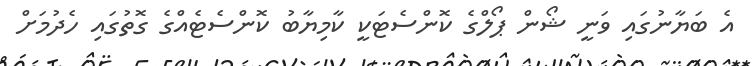
އެ ބަޔާނުގައި ވަނީ ޝޯން ޕޯލްގެ ކޮންސެޓަކީ ކާމިޔާބު ކޮންސެޓެއްގެ ގޮތުގައި ހެދުމަށް